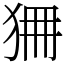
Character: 狦